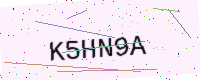
Text: K5HN9A